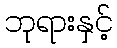
ဘုရားနှင့်